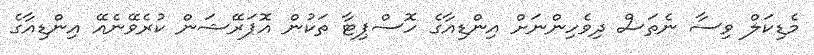
މެޑިކަލް ވިސާ ނެތަސް ދިވެހިންނަށް އިންޑިއާގެ ހޮސްޕިޓާ ތަކުން އޮޕަރޭޝަން ކުރެވޭނެއޭ އިންޑިއާގެ